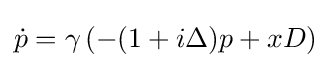
{\dot {p}}=\gamma \left(-(1+i\Delta )p+xD\right)